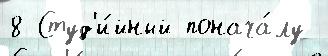
8 Студ'и́йный понача́лу